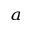
^ a